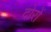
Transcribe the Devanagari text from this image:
दोरों